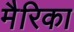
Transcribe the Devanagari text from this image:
मैरिका